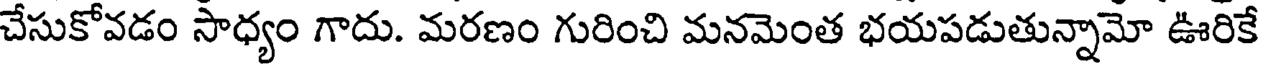
చేసుకోవడం సాధ్యం గాదు. మరణం గురించి మనమెంత భయపడుతున్నామో ఊరికే